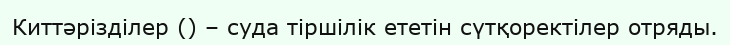
Киттәрізділер () – суда тіршілік ететін сүтқоректілер отряды.